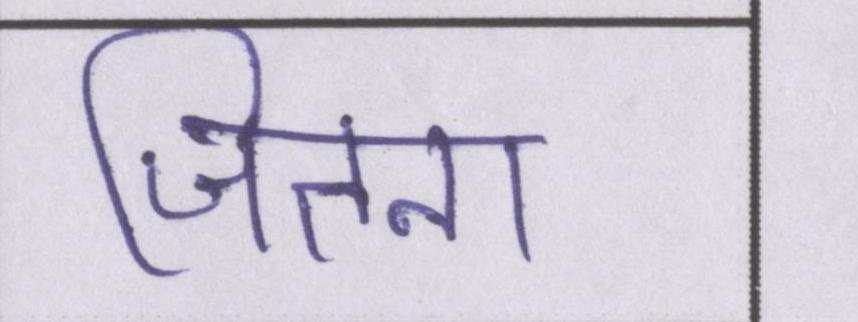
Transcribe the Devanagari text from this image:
जितना